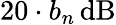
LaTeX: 20\cdot b_{n}\, \mathrm{dB}